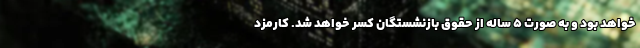
خواهد بود و به صورت ۵ ساله از حقوق بازنشستگان کسر خواهد شد. کارمزد